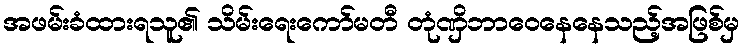
အဖမ်းခံထားရသူ၏ သိမ်းရေးကော်မတီ တုံဏှိဘာဝေနေနေသည့်အဖြစ်မှ